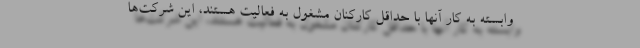
وابسته به کار آنها با حداقل کارکنان مشغول به فعالیت هستند، این شرکت‌ها